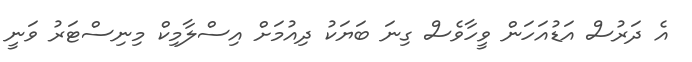
އެ ދަރުސް އަޑުއަހަން ވީހާވެސް ގިނަ ބަޔަކު ދިއުމަށް އިސްލާމިކް މިނިސްޓަރު ވަނީ